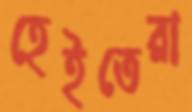
হেইতেরা